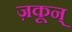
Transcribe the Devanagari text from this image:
ज़कून्